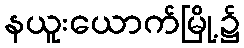
နယူးယောက်မြို့၌